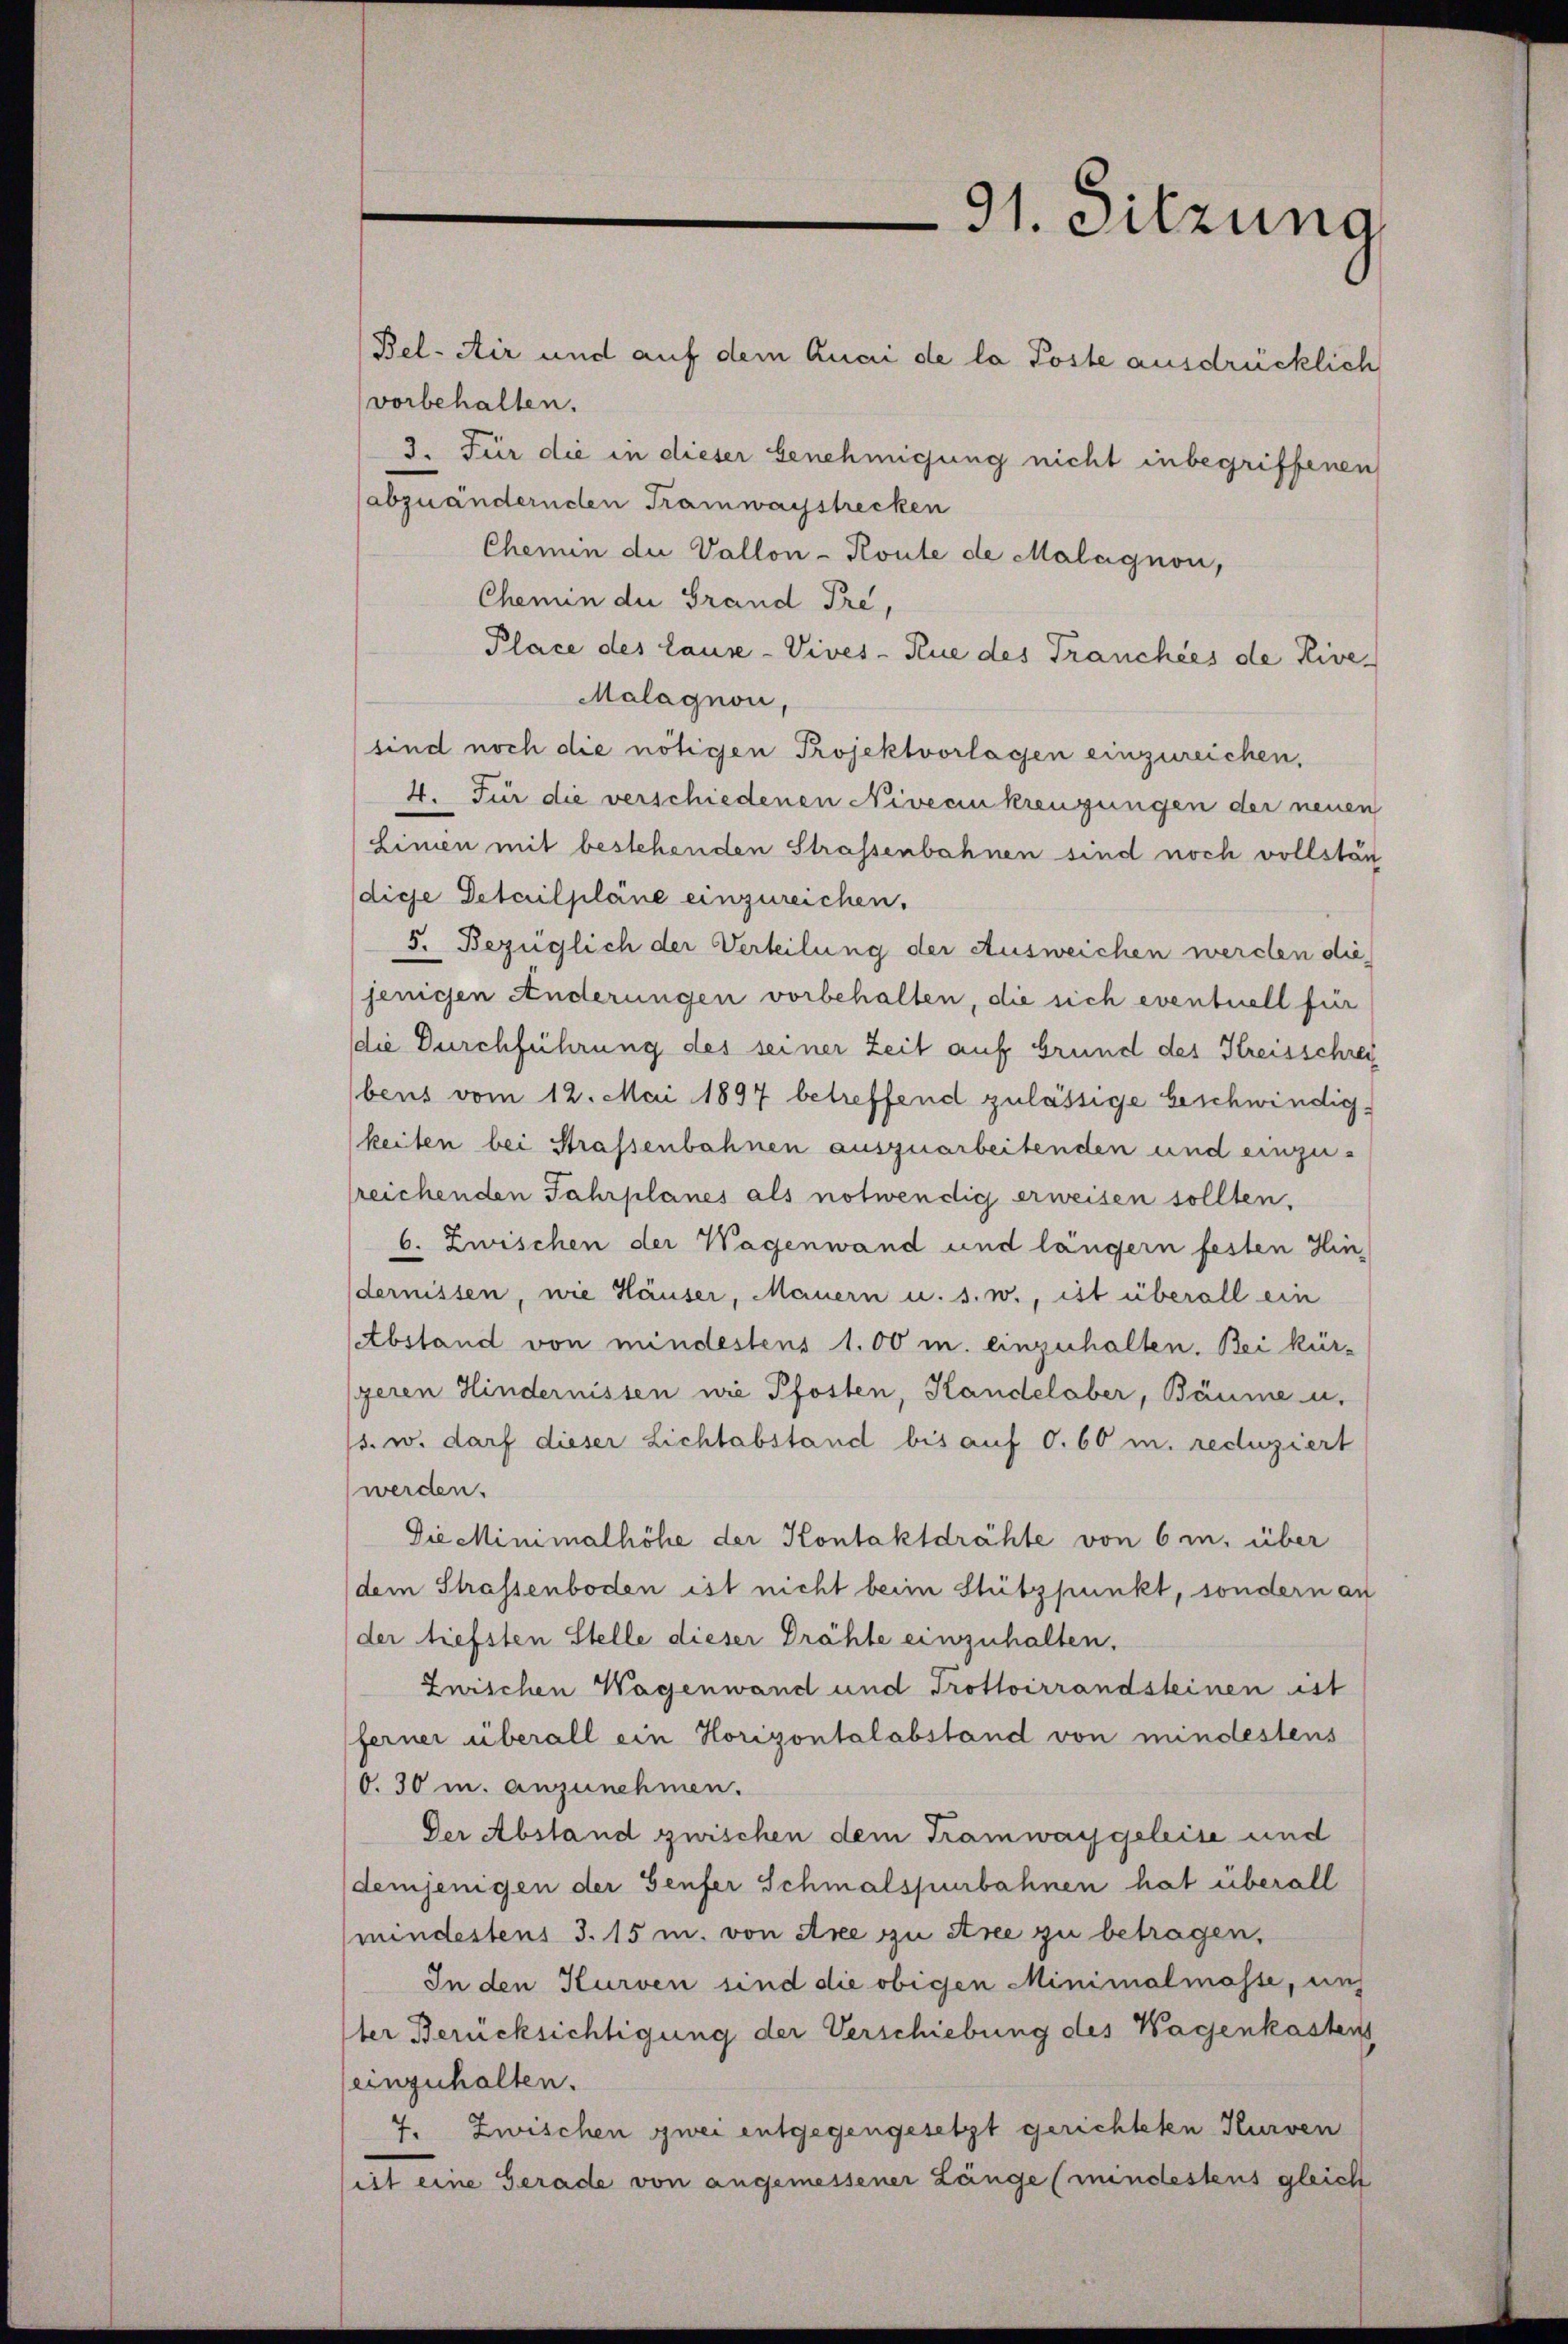
3. Für die in dieser Genehmigung nicht inbegriffenen
abzuändernden Tramwaystrecken
Chemin die Vallon - Route de Malagnon,
Chemin der Grand Pre,
Place des Lause-Vives - Rue des Tranchées de Nive
Malagnon,
sind noch die nötigen Projektvorlagen einzureichen,
4. Für die verschiedenen Nivecin kreuzungen der neuen
Linien mit bestehenden Strassenbahnen sind noch vollstän
dige Detailpläne einzureichen.
5. Bezüglich der Verteilung der Ausweichen werden die
jenigen Anderungen vorbehalten, die sich eventuell für
die Durchführung des seiner Zeit auf Grund des Kreisschrei
bens vom 12. Mai 1897 betreffend zulässige beschwindigkeiten bei Strassenbahnen auszuarbeitenden und einzusreichenden Jahrplanes als notwendig erweisen sollten,
6. Zwischen der Wagenwand und längern festen Hin-
dernissen, wie Häuser, Mauern u. s. w., ist überall ein
Abstand von mindestens 1.00 m. einzuhalten. Bei kürgeren Hindernissen wie Pfosten, Handelaber, Bäume u.
s. w. darf dieser Lichtabstand bis auf O.60 m. reduziert
werden.
Die Minimalhöhe der Kontaktdrähte von 6 m. über
dem Strassenboden ist nicht beim Stützpunkt, sondern an
der tiefsten Stelle dieser Drähte einzuhalten.
Zwischen Wagenwand und Trottoirrandsteinen ist
ferner überall ein Horizontalabstand von mindestens
O. 30 m. anzunehmen.
Der Abstand zwischen dem Tramwaygeleise und
demjenigen der Genfer Schmalspurbahnen hat überall
mindestens 3. 15 m. von Axe zu Stree zu betragen,
In den Kurven sind die obigen Minimalmasse, uns
Iter Berücksichtigung der Verschiebung des Wagenkastens
einzuhalten.
7. Zwischen zwei entgegengesetzt gerichteten Kurven
ist eine Gerade von angemessener Länge (mindestens gleich

Bel-Air und auf dem Quai de la Poste ausdrücklich
(vorbehalten.

91. Sitzung